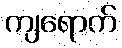
ကျရောက်